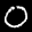
Label: 0